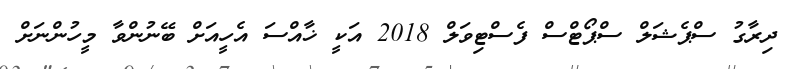
ދިރާގު ސްޕެޝަލް ސްޕޯޓްސް ފެސްޓިވަލް 2018 އަކީ ޚާއްސަ އެހީއަށް ބޭނުންވާ މީހުންނަށް